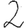
Digit: 2